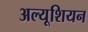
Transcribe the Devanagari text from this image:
अल्यूशियन